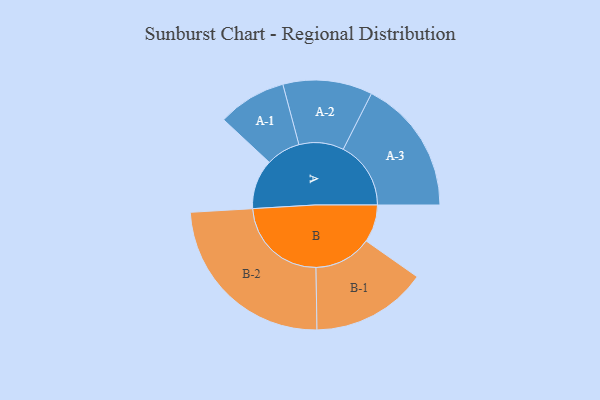
{"axis": {"x": "Segment", "y": "Value"}, "legend": ["", "A", "B"], "data": [{"x": "A", "y": 152, "type": ""}, {"x": "B", "y": 115, "type": ""}, {"x": "A-1", "y": 105, "type": "A"}, {"x": "A-2", "y": 137, "type": "A"}, {"x": "A-3", "y": 207, "type": "A"}, {"x": "B-1", "y": 177, "type": "B"}, {"x": "B-2", "y": 287, "type": "B"}]}